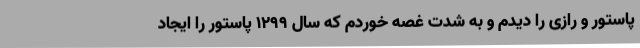
پاستور و رازی را دیدم و به شدت غصه خوردم که سال ۱۲۹۹ پاستور را ایجاد